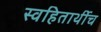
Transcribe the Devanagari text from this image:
स्वहितार्थीच